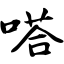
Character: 嗒